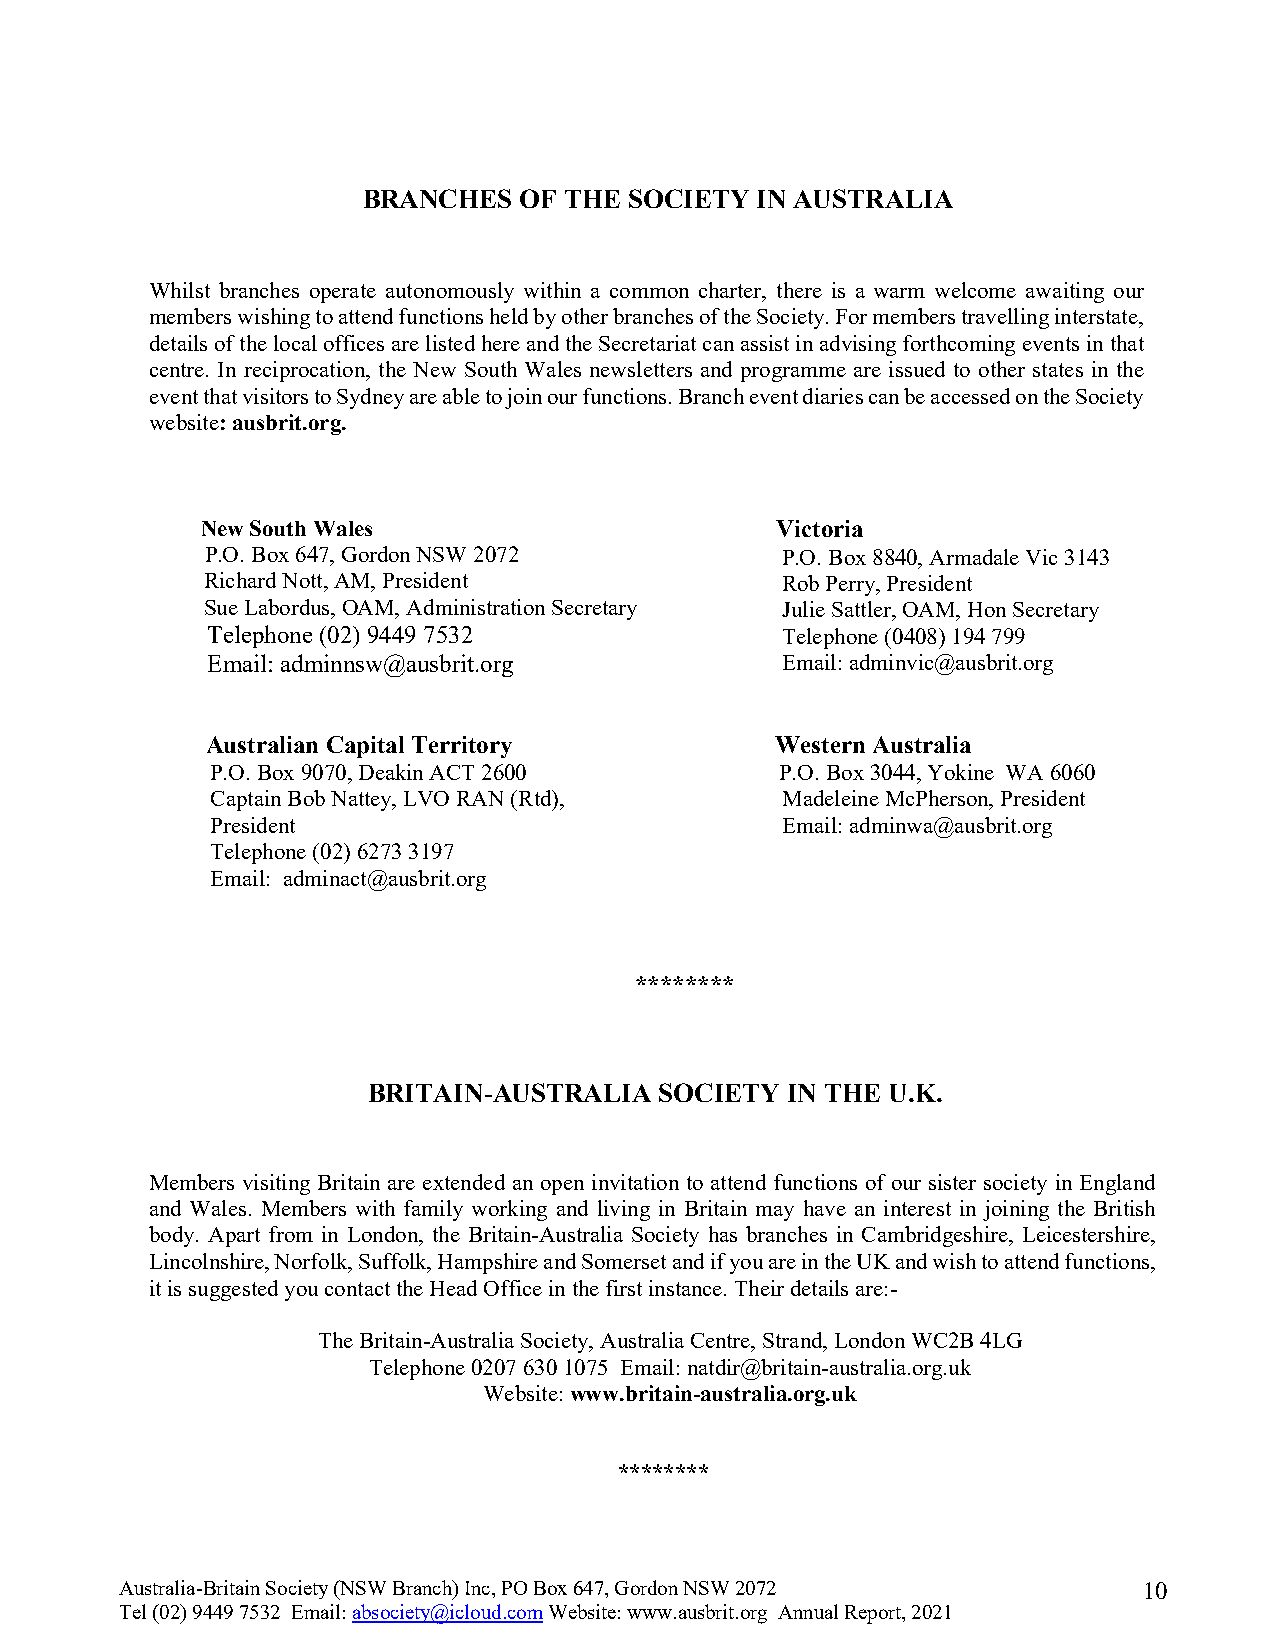
BRANCHES  OF THE  SOCIETY IN AUSTRALIA
 Whilst branches operate autonomously within a common charter, there is a warm welcome awaiting our
 members wishing to attend functions held by other branches of the Society. For members travelling interstate,
 details of the local offices are listed here and the Secretariat can assist in advising forthcoming events in that
 centre. In reciprocation, the New South Wales newsletters and programme are issued to other states in the
 event that visitors to Sydney are able to join our functions. Branch event diaries can be accessed on the Society
 website: ausbrit.org.
 New South Wales                       Victoria
 P.O. Box 647, Gordon NSW 2072         P.O. Box 8840, Armadale Vic 3143
 Richard Nott, AM, President            Rob Perry, President
 Sue Labordus, OAM, Administration Secretary Julie Sattler, OAM, Hon Secretary
 Telephone (02) 9449 7532              Telephone (0408) 194 799
 Email: adminnsw@ausbrit.org           Email: adminvic@ausbrit.org
 Australian Capital Territory         Western Australia
 P.O. Box 9070, Deakin ACT 2600        P.O. Box 3044, Yokine WA 6060
 Captain Bob Nattey, LVO RAN (Rtd),    Madeleine McPherson, President
 President                             Email: adminwa@ausbrit.org
 Telephone (02) 6273 3197
 Email: adminact@ausbrit.org
 ********
 BRITAIN-AUSTRALIA   SOCIETY IN THE U.K.
 Members visiting Britain are extended an open invitation to attend functions of our sister society in England
 and Wales. Members with family working and living in Britain may have an interest in joining the British
 body. Apart from in London, the Britain-Australia Society has branches in Cambridgeshire, Leicestershire,
 Lincolnshire, Norfolk, Suffolk, Hampshire and Somerset and if you are in the UK and wish to attend functions,
 it is suggested you contact the Head Office in the first instance. Their details are:-
 The Britain-Australia Society, Australia Centre, Strand, London WC2B 4LG
 Telephone 0207 630 1075 Email: natdir@britain-australia.org.uk
 Website: www.britain-australia.org.uk
 ********
 Australia-Britain Society (NSW Branch) Inc, PO Box 647, Gordon NSW 2072 10
 Tel (02) 9449 7532 Email: absociety@icloud.com Website: www.ausbrit.org Annual Report, 2021